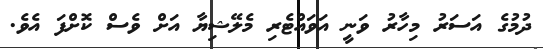
ދުމުގެ އަސަރު މިހާރު ވަނީ އަވައްޓެރި މެލޭޝިޔާ އަށް ވެސް ކޮށްފަ އެވެ.